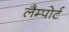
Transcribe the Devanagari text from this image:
लैम्पोर्ट